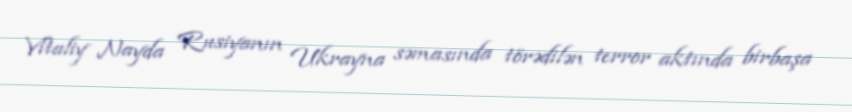
Vitaliy Nayda Rusiyanın Ukrayna səmasında törədilən terror aktında birbaşa